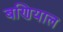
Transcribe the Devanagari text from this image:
बणियाल